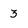
Character: 3